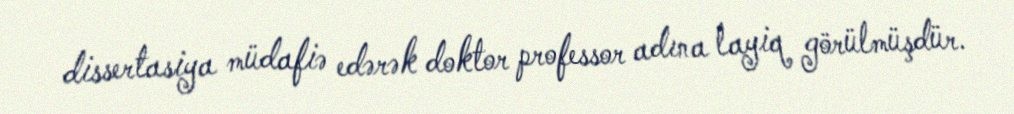
dissertasiya müdafiə edərək doktor professor adına layiq görülmüşdür.